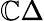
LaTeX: \mathbb{C}\Delta